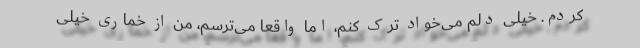
کردم. خیلی دلم می‌خواد ترک کنم، اما واقعا می‌ترسم، من از خماری خیلی